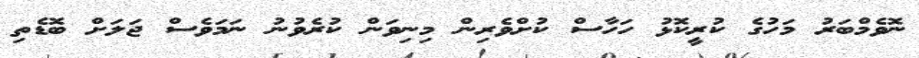
ނޮވެމްބަރު މަހުގެ ކުރީކޮޅު ހަހާސް ކުށްވެރިން މިނިވަން ކުރެވުނު ނަމަވެސް ޖަލަށް ބޮޑެތި